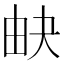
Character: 𤱉